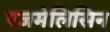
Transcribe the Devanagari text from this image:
एजमेलिसिन